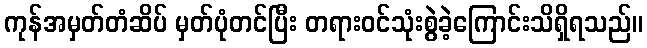
ကုန်အမှတ်တံဆိပ် မှတ်ပုံတင်ပြီး တရားဝင်သုံးစွဲခဲ့ကြောင်းသိရှိရသည်။